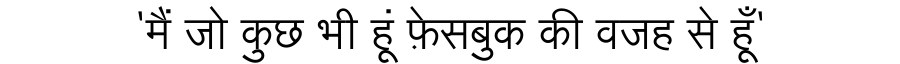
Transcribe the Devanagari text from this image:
'मैं जो कुछ भी हूं फ़ेसबुक की वजह से हूँ'